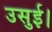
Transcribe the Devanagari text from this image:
उसुई।